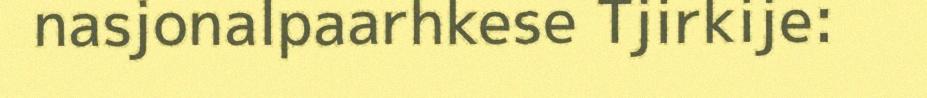
nasjonalpaarhkese Tjirkije: